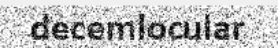
decemlocular